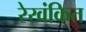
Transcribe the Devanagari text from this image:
रेखंकित